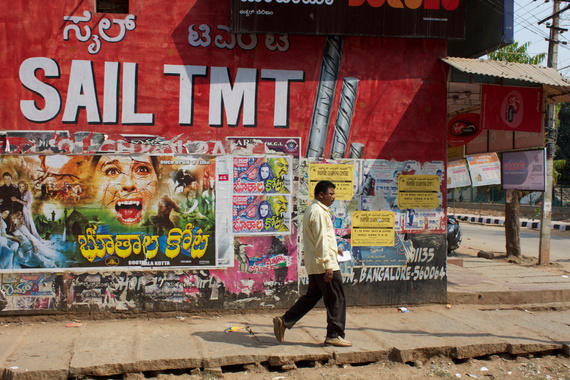
Language: kannada
Transcription: ಸೈಲ್